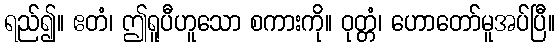
ရည်၍။ ဧတံ၊ ဤရူပီဟူသော စကားကို။ ဝုတ္တံ၊ ဟောတော်မူအပ်ပြီ။